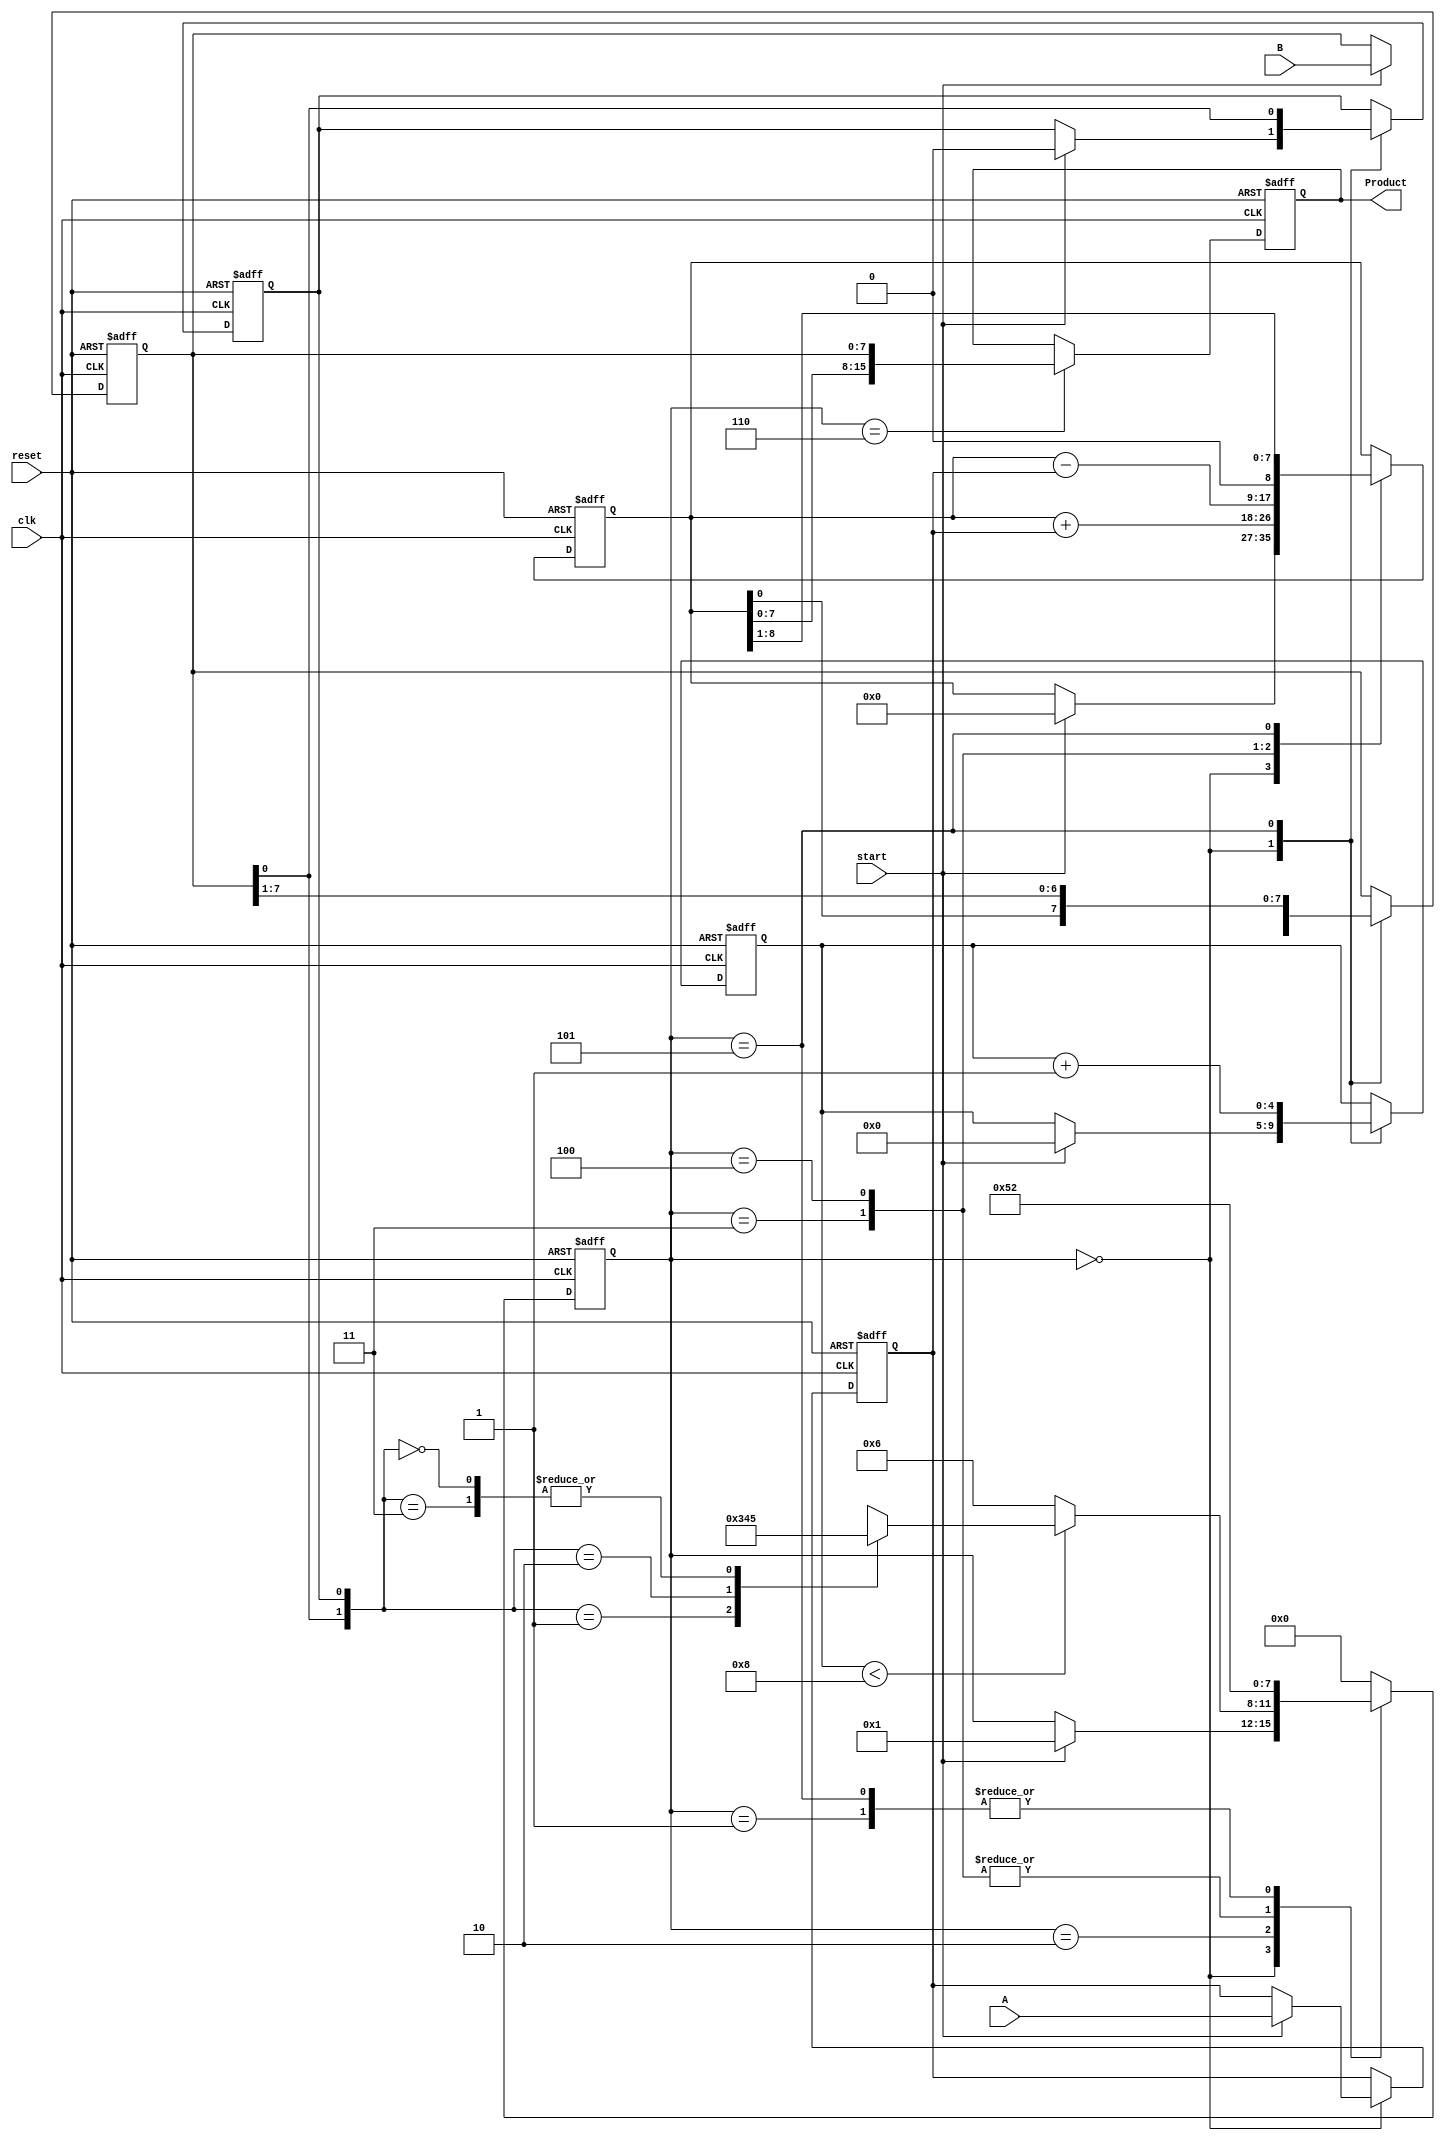
module booth_multiplier #(parameter N = 8) (
    input [N-1:0] A, // Multiplicand
    input [N-1:0] B, // Multiplier
    input start,      // Control signal to start multiplication
    input clk,        // Clock signal
    input reset,      // Reset signal
    output reg [2*N-1:0] Product // 2n-bit product output
);

    reg [N-1:0] M;          // Multiplicand register
    reg [N-1:0] Q;          // Multiplier register
    reg [N:0] A_reg;        // Accumulator (n+1 bits)
    reg Q_1;                // Previous least significant bit of Q
    reg [3:0] state;        // State for control logic
    reg [4:0] count;        // Counter for iterations

    // State definitions
    localparam IDLE = 4'b0000,
               LOAD = 4'b0001,
               CHECK = 4'b0010,
               ADD = 4'b0011,
               SUB = 4'b0100,
               SHIFT = 4'b0101,
               DONE = 4'b0110;

    always @(posedge clk or posedge reset) begin
        if (reset) begin
            Product <= 0;
            A_reg <= 0;
            Q <= 0;
            M <= 0;
            Q_1 <= 0;
            count <= 0;
            state <= IDLE;
        end else begin
            case (state)
                IDLE: begin
                    if (start) begin
                        M <= A;             // Load multiplicand
                        Q <= B;             // Load multiplier
                        A_reg <= 0;         // Initialize accumulator
                        Q_1 <= 0;           // Initialize Q-1
                        count <= 0;         // Initialize counter
                        state <= LOAD;      // Move to LOAD state
                    end
                end
                
                LOAD: begin
                    state <= CHECK;       // Move to CHECK state
                end
                
                CHECK: begin
                    if (count < N) begin
                        case ({Q[0], Q_1}) // Check last two bits
                            2'b01: state <= ADD;  // A + M
                            2'b10: state <= SUB;  // A - M
                            2'b00, 2'b11: state <= SHIFT; // No operation
                        endcase
                    end else begin
                        state <= DONE; // Finish if all bits processed
                    end
                end
                
                ADD: begin
                    A_reg <= A_reg + M; // Perform addition
                    state <= SHIFT;     // Move to SHIFT state
                end
                
                SUB: begin
                    A_reg <= A_reg - M; // Perform subtraction
                    state <= SHIFT;     // Move to SHIFT state
                end
                
                SHIFT: begin
                    {A_reg, Q} <= {A_reg, Q} >> 1; // Arithmetic right shift
                    Q_1 <= Q[0]; // Update Q-1 with previous LSB of Q
                    count <= count + 1; // Increment count
                    state <= CHECK; // Check next bits
                end
                
                DONE: begin
                    Product <= {A_reg, Q}; // Combine A_reg and Q for final product
                    state <= IDLE; // Go back to IDLE state
                end
                
                default: state <= IDLE; // Default to IDLE
            endcase
        end
    end
endmodule